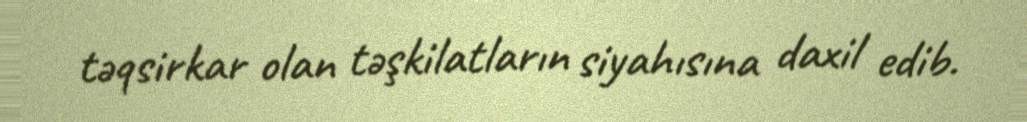
təqsirkar olan təşkilatların siyahısına daxil edib.